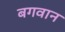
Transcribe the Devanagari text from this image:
बगवान